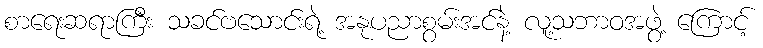
စာရေးဆရာကြီး သခင်ဗသောင်းရဲ့ အနုပညာစွမ်းအင်နဲ့ လူ့သဘာဝအဖွဲ့ ကြောင့်